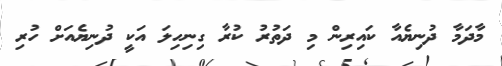
މާދަމާ ދުނިޔެއާ ކައިރިން މި ދަތުރު ކުރާ ގިނިހިލަ އަކީ ދުނިޔެއަށް ހުރި